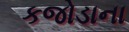
કજોડાના